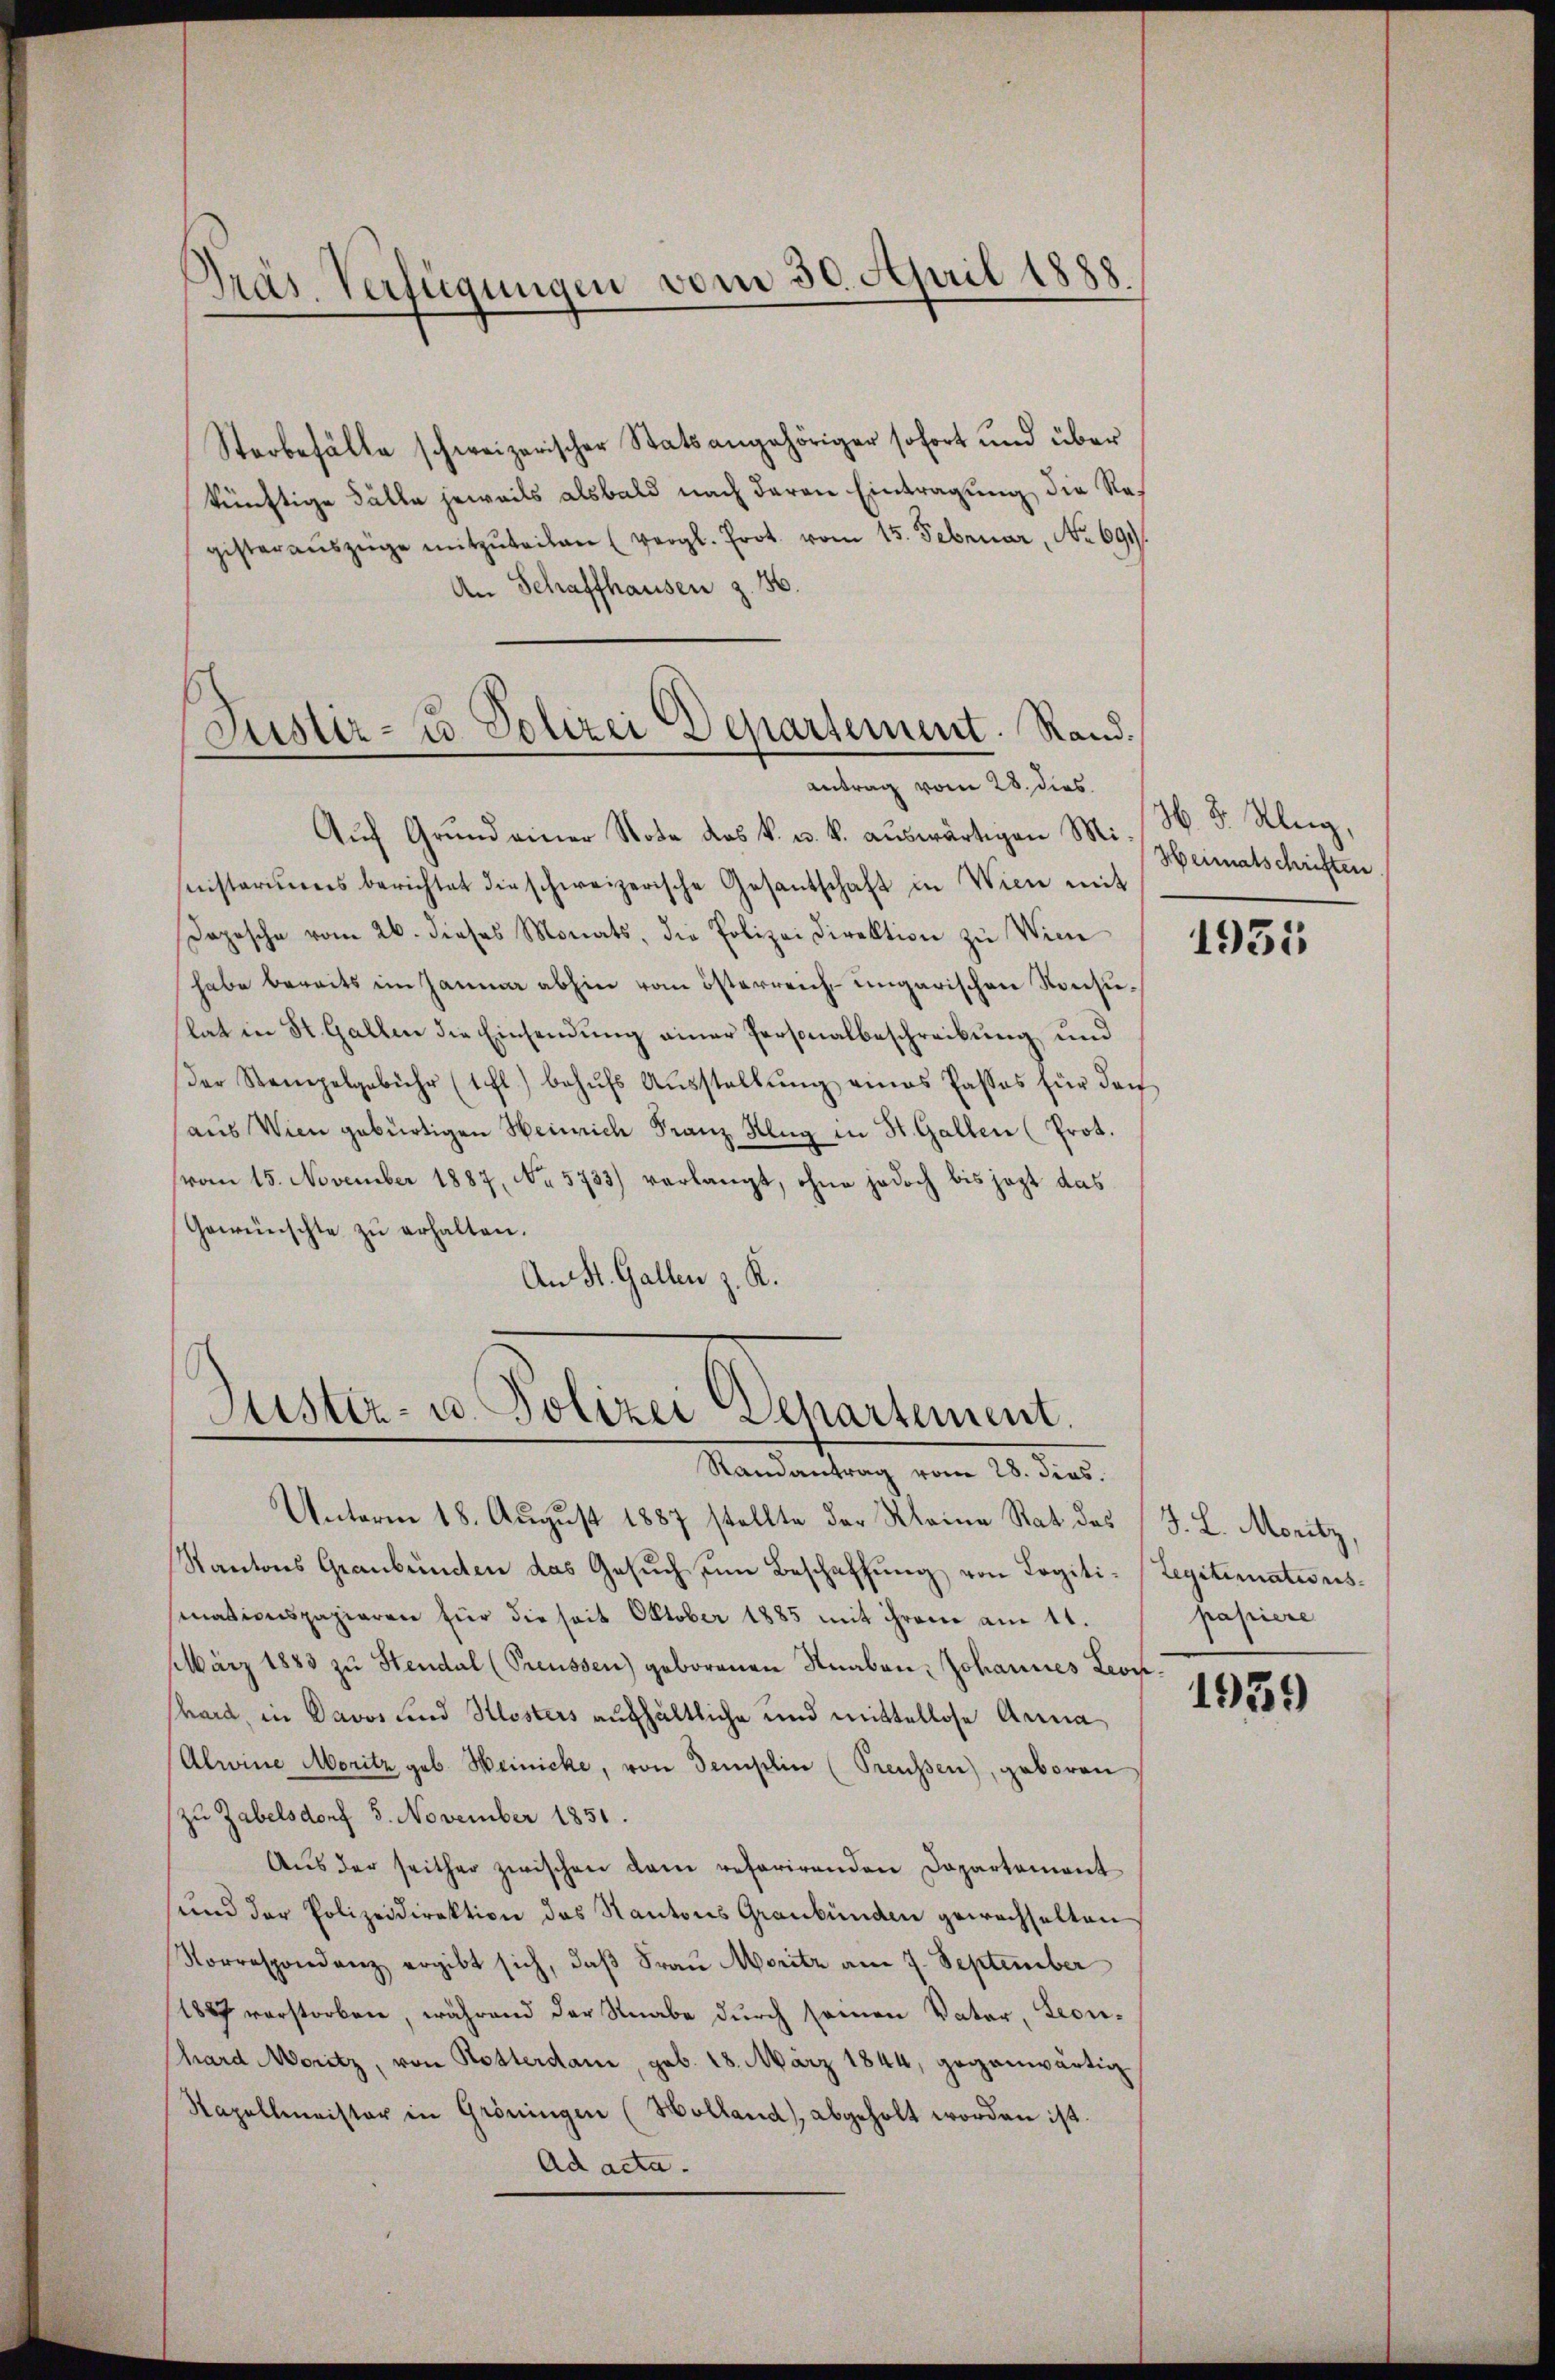
Präs. Verfügungen vom 30. April 1888

Sterbefälle schweizerischer Statsangehöriger sofort und über
künftige Fälle jeweils alsbald nach deren Eintragung die Registeraŭszüge mitzŭteilen (vergl. Prot. vom 15. Februar, No 699.
An Schaffhausen z. 86.
Aŭf Grŭnd einer Note das k. u. k. aŭswärtigen Mi-
sistoriŭms berichtet die schweizerische Gesantschaft in Wien mit
Jopische vom 26. dieses Monats, die Polizeidirektion zŭ Wien
habe bereits im Zauma abhin vom österreich ungarischen Konsulat in St. Gallen die Einsendung einer Personalbeschreibung und
der Stempelgebühr (1fl.) behŭfs Aŭsstellŭng eines Passos für den
aus Wien gebürtigen Heinrich Franz Klug in St. Gallen (Prot.
(vom 15. November 1887, No 5733) verlangt, ohne jedoch bis jezt das
Gewünschte zŭ erhalten.
An St. Gallen z. K.

Jüster- u Polizei Departement. Rand.
Antrag vom 28. dies

Justiz- u. Polizei Departement.

Randantrag vom 28. dies
Unterm 18. August 1887 stellte der Kleine Stat des J. L. Moritz,
Kantons Graubünden das Gesŭch ŭm Beschaffŭng von Logiti- (Legitimations-
sinationspazieren für die seit Oktober 1885 mit ihrem am 11.
März 1883 zu Steudal (Preussen) geborenen Knaben, Johannes Leop.
hard, in Davos und Klosters aufhältliche und mittellose Anna
Alwine Moritz geb. Weinicke, von demplin (Preussen), geboren
zu Zabelsdorf 5. November 1851.
Aus der seither zwischen dem referirenden Departemont
und der Polizeidirektion des Kantons Graubünden gewachselten
Korrespondenz ergibt sich, daß Frau Moritz am 7. September
1887 verstorben, während der Knabe durch seinen Vater, Leonhard Moritz, von Rotterdam, geb. 18. März 1844, gegenwärtig
Kapellmeister in Gröningen (Holland abgeholt worden ist.
Ad acta.

H. 3. Klug,
Heimatschriften

1955

papiere

1939